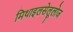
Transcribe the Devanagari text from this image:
मिथाइलसेलूलोज